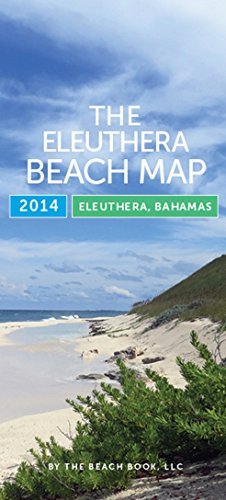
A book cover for The Eleuthera Beach Map - Eleuthera, Bahamas; Bret Sigillo; Travel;